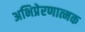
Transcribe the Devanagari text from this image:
अभिप्रेरणात्मक